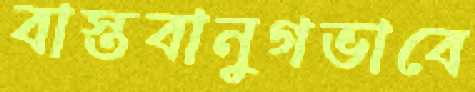
বাস্তবানুগভাবে